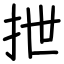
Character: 抴